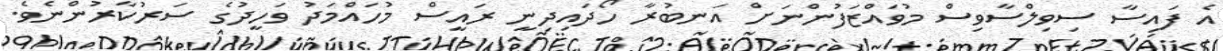
އެ ފައިސާ ސިވިލްސާވިސް މުވައްޒަފުންނަށް އަނބުރާ ހޯދައިދިނީ ރައީސް މުހައްމަދު ވަހީދުގެ ސަރުކާރުންނެވެ.